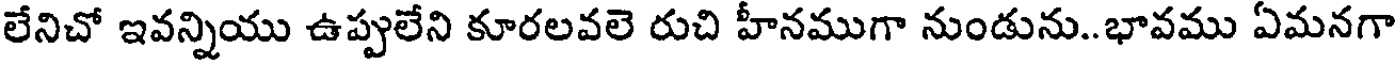
లేనిచో ఇవన్నియు ఉప్పులేని కూరలవలె రుచి హీనముగా నుండును..భావము ఏమనగా